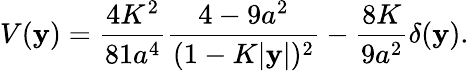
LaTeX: V(\mathbf{y})={\frac{{4K^{2}}}{{81a^{4}}}}{\frac{{4-9a^{2}}}{{(1-K|\mathbf{y}|)^{2}}}}-{\frac{{8K}}{{9a^{2}}}}\delta(\mathbf{y}).